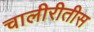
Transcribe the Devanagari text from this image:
चालीरीतीस